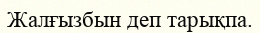
Жалғызбын деп тарықпа.